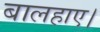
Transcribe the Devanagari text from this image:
बालहाए।